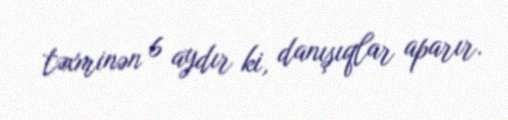
təxminən 6 aydır ki, danışıqlar aparır.